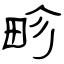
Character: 畛